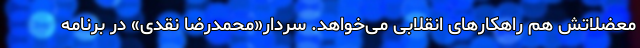
معضلاتش هم راهکارهای انقلابی می‌خواهد. سردار«محمدرضا نقدی» در برنامه